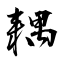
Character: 耦